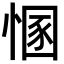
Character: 㥵